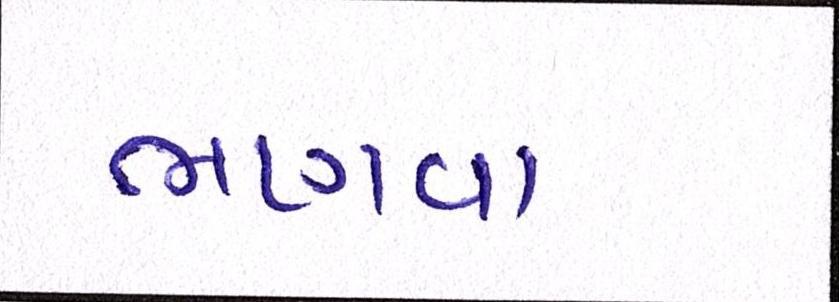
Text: ભણવા